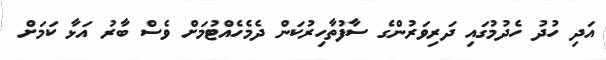
އަދި ހުދު ހެދުމުގައި ދަރިވަރުންގެ ސާފުތާހިރުކަން ދެމެހެއްޓުމަށް ވެސް ބާރު އަޅާ ކަމަށް